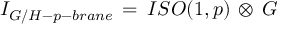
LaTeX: { \cal I } _ { G / H - p - b r a n e } \, = \, I S O ( 1 , p ) \, \otimes \, G